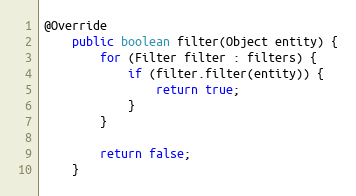
Language: Java
@Override
	public boolean filter(Object entity) {
		for (Filter filter : filters) {
			if (filter.filter(entity)) {
				return true;
			}
		}

		return false;
	}